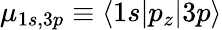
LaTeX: \mu_{1s,3p}\equiv\langle 1s|p_{z}|3p\rangle